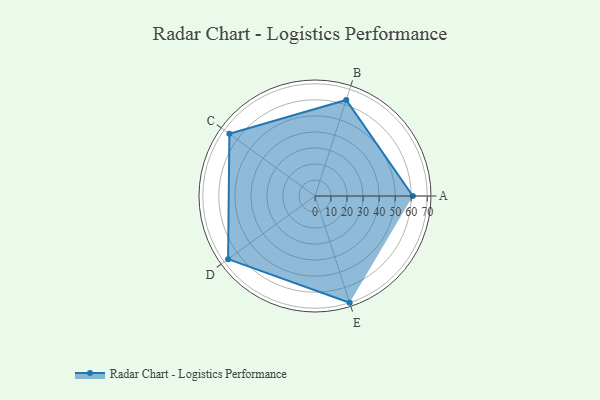
{"axis": {"x": "Skill", "y": "Score"}, "legend": ["Profile"], "data": [{"x": "A", "y": 61.0, "type": "Profile"}, {"x": "B", "y": 63.0, "type": "Profile"}, {"x": "C", "y": 66.0, "type": "Profile"}, {"x": "D", "y": 67.0, "type": "Profile"}, {"x": "E", "y": 70.0, "type": "Profile"}]}